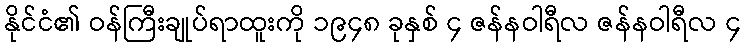
နိုင်ငံ၏ ဝန်ကြီးချုပ်ရာထူးကို ၁၉၄၈ ခုနှစ် ၄ ဇန်နဝါရီလ ဇန်နဝါရီလ ၄